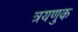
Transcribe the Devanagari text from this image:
त्रयणुक